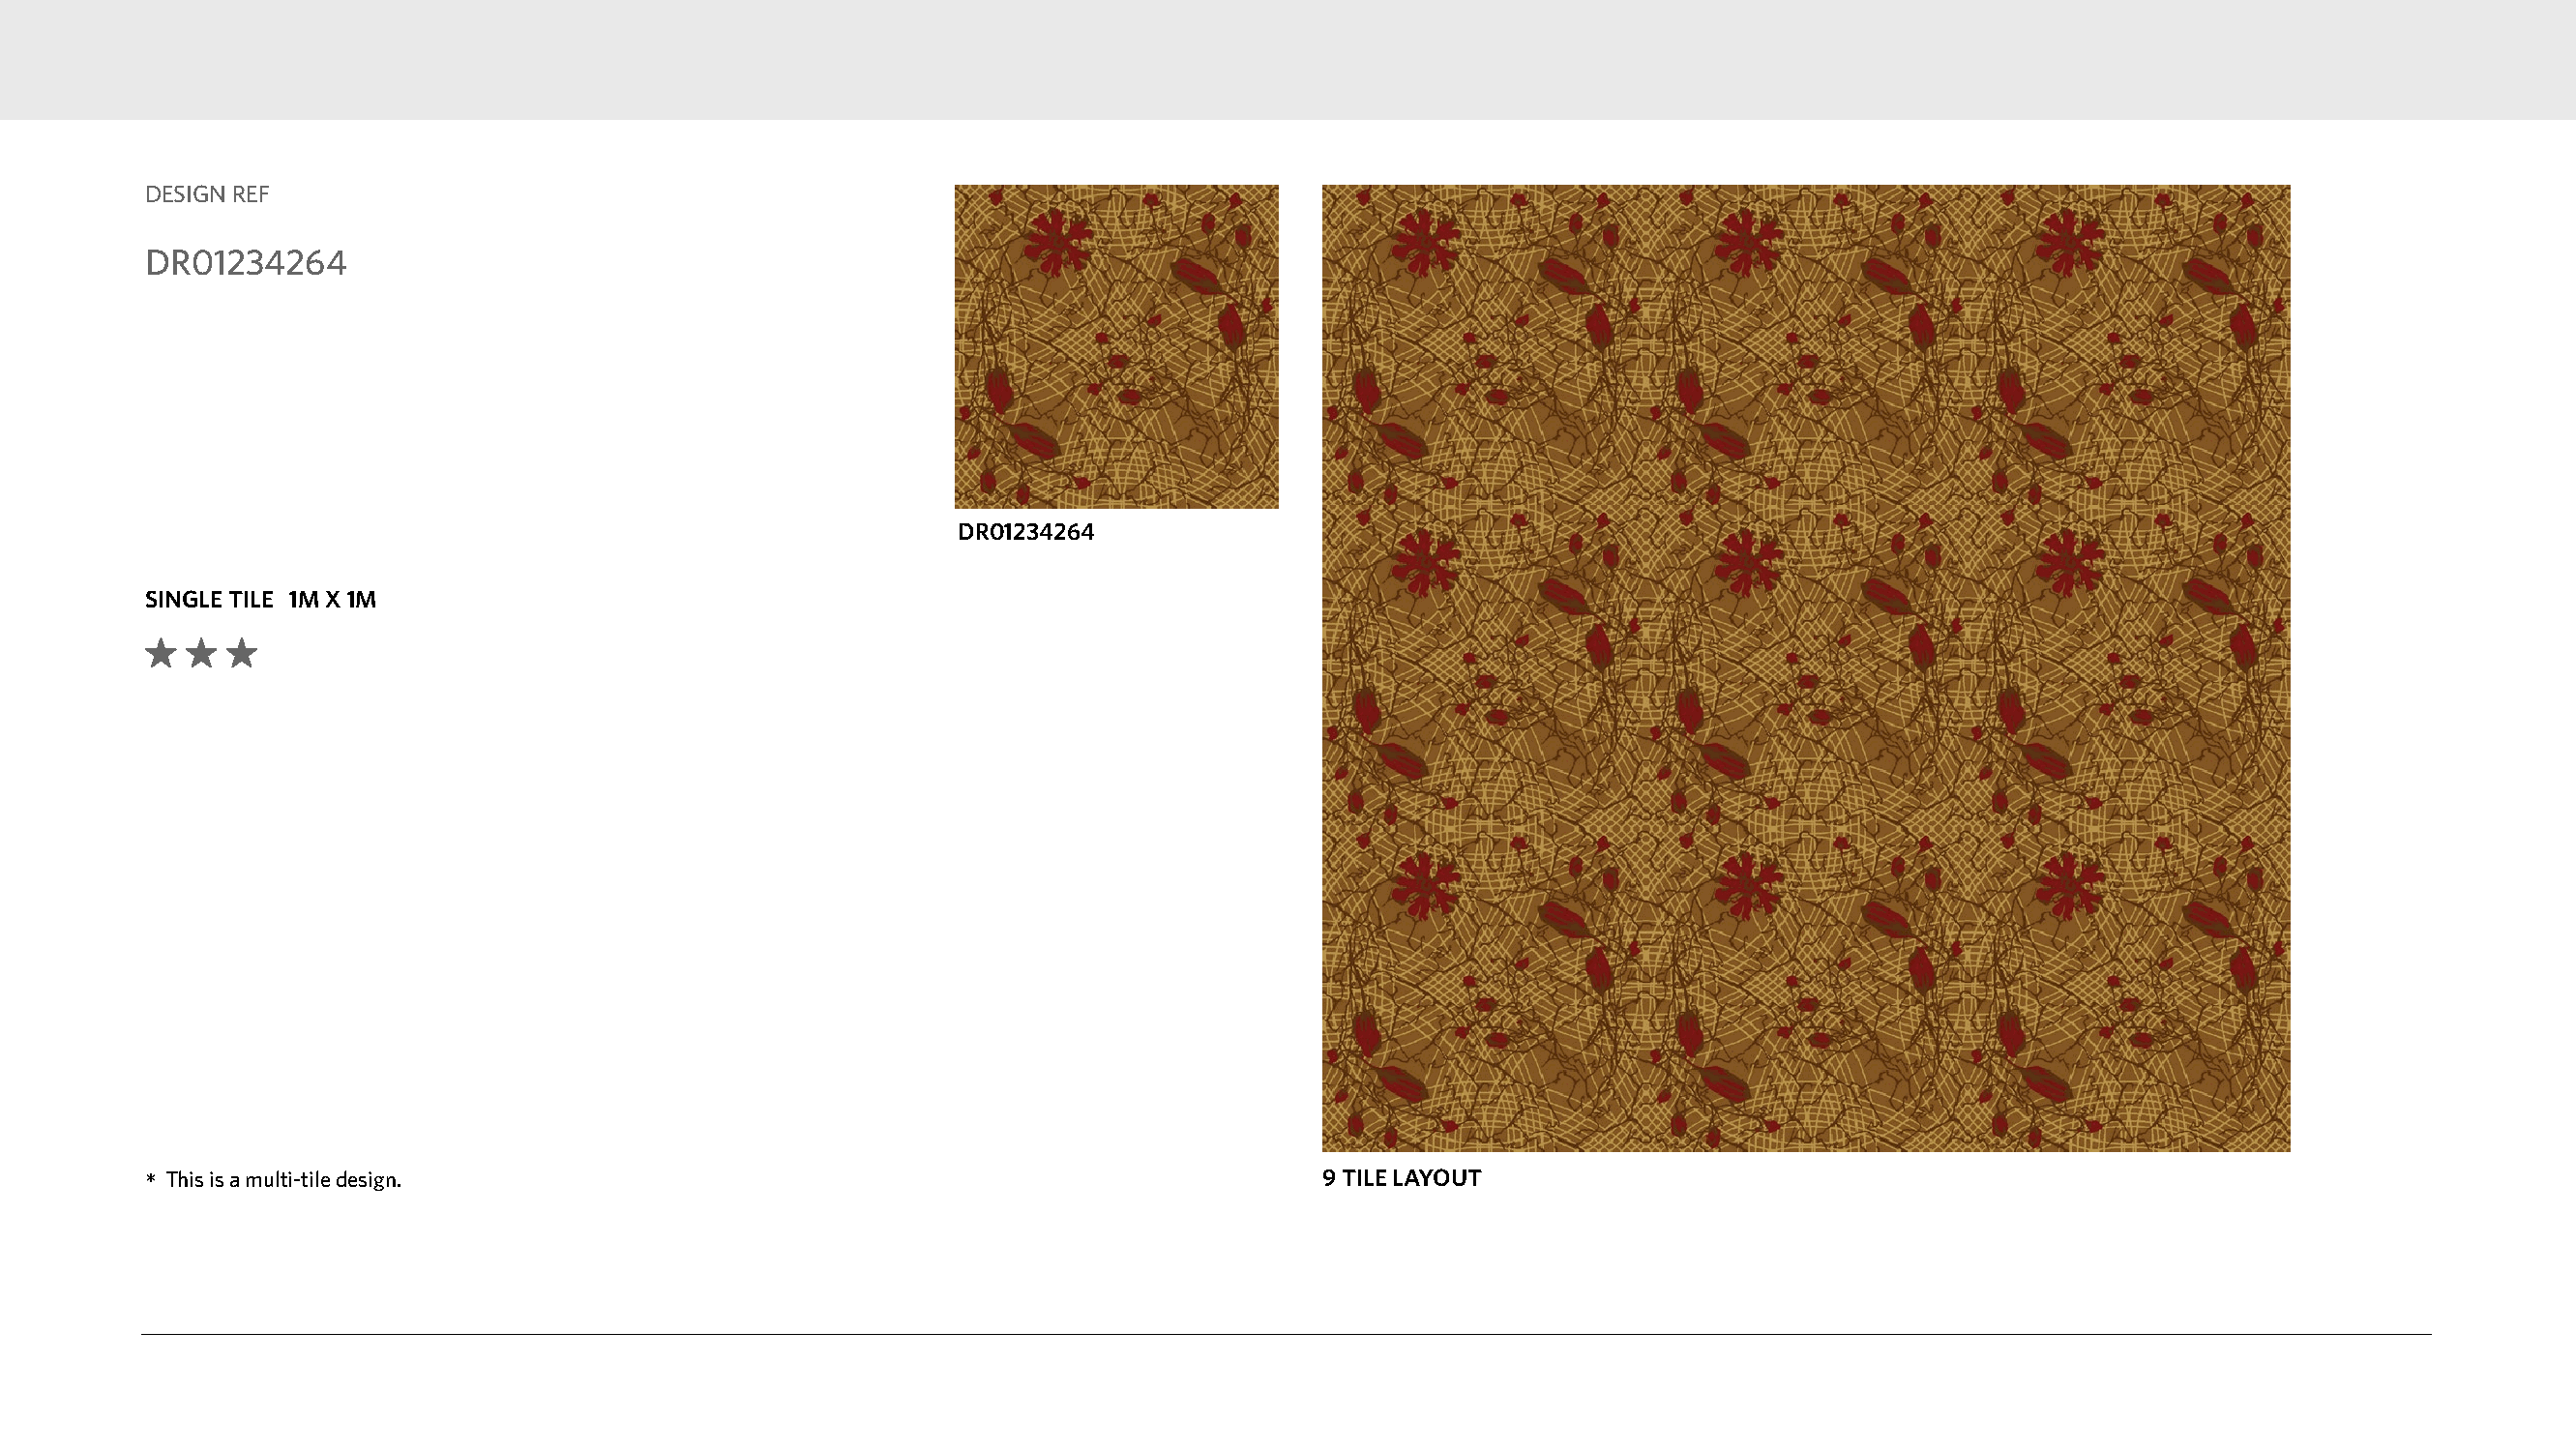
DESIGN REF
 DR01234264
 DR01234264
 SINGLE TILE 1M X 1M
 *This is a multi-tile design.                                                    9 TILE LAYOUT